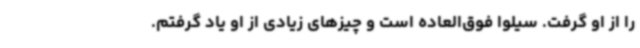
را از او گرفت. سیلوا فوق‌العاده است و چیزهای زیادی از او یاد گرفتم.